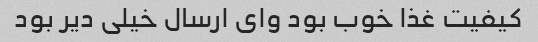
کیفیت غذا خوب بود وای ارسال خیلی دیر بود